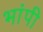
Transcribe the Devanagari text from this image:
भांपी